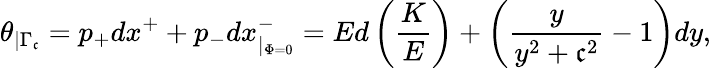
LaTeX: \theta_{\mid\Gamma_{\mathfrak{c}}}=p_{+}dx^{+}+p_{-}dx_{\mid_{\Phi=0}}^{-}=Ed\left(\frac{{K}}{{E}}\right)+\left(\frac{{y}}{{y^{2}+\mathfrak{c}^{2}}}-1\right)dy,